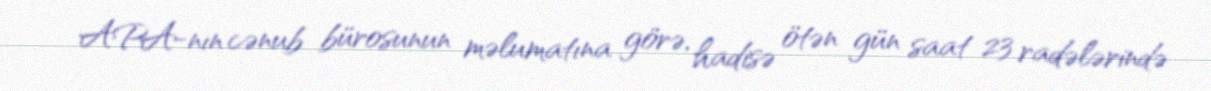
APA-nın cənub bürosunun məlumatına görə, hadisə ötən gün saat 23 radələrində